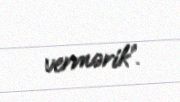
vermərik”.